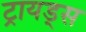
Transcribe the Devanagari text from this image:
ट्रायड्स